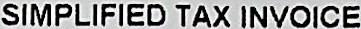
SIMPLIFIED TAX INVOICE